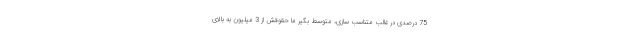
75 درصدی در غالب متناسب سازی، متوسط بگیر ما حقوقش از 3 میلیون به بالای